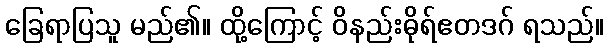
ခြေရာပြသူ မည်၏။ ထို့ကြောင့် ဝိနည်းဓိုရ်ဧတဒဂ် ရသည်။